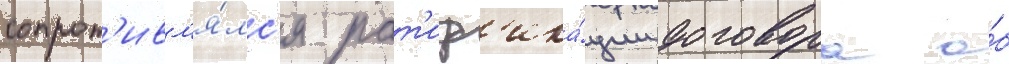
сопрот'ивл'я́лс'я рат'иф'ика́ции договора о́б